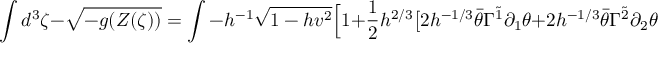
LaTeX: \int d ^ { 3 } \zeta - \sqrt { - g ( Z ( \zeta ) ) } = \int - h ^ { - 1 } \sqrt { 1 - h v ^ { 2 } } \Big [ 1 + \frac { 1 } { 2 } h ^ { 2 / 3 } \big [ 2 h ^ { - 1 / 3 } \bar { \theta } \Gamma ^ { \tilde { 1 } } \partial _ { 1 } \theta + 2 h ^ { - 1 / 3 } \bar { \theta } \Gamma ^ { \tilde { 2 } } \partial _ { 2 } \theta